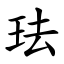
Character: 珐